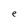
Character: e